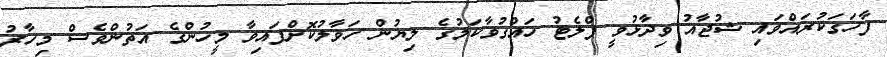
ފާހަގަކުރައްވައި ޝުޖާއު ވިދާޅުވީ ފްލެޓު ހައްގުވާކަމުގެ ލިޔުން ހަވާލުކޮށްފައިވާ މީހުންގެ އަތުންވެސް މިހާރު